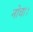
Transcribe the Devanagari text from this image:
नोचा।